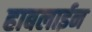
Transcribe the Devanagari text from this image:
हाबलाईन